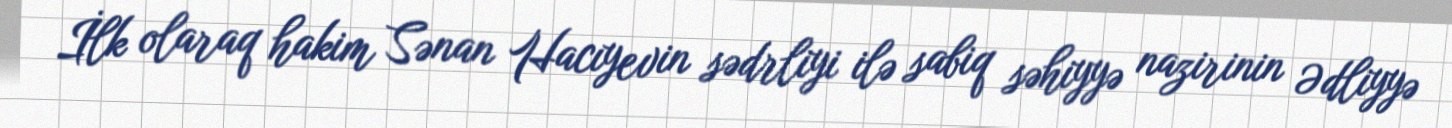
İlk olaraq hakim Sənan Hacıyevin sədrliyi ilə sabiq səhiyyə nazirinin Ədliyyə